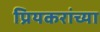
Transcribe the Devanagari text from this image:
प्रियकरांच्या